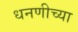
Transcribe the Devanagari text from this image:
धनणीच्या